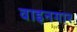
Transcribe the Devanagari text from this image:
वाइनगार